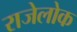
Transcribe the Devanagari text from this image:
राजेलोक